Civil Veterinary Department. Madras. Admin. report 1926-33 - 1926-1933
Year: 1926
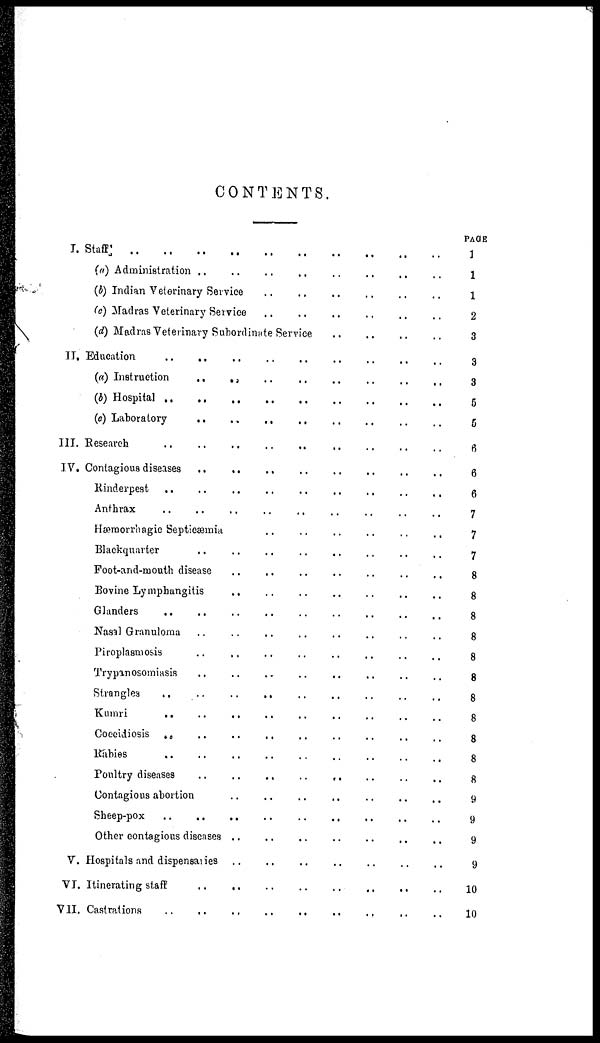
CONTENTS.
I. Staff .. .. .. .. .. .. .. ..
(a) Administration .. .. .. .. .. .. .. ..
(b) Indian Veterinary Service .. .. .. .. .. .. .. ..
(c) Madras Veterinary Service .. .. .. .. .. .. .. ..
(d) Madras Veterinary Subordinate Service .. .. .. .. .. .. .. ..
II. Education .. .. .. .. .. .. .. .. ..
(a) Instruction .. .. .. .. .. .. .. ..
(b) Hospital .. .. .. .. .. .. .. ..
(c) Laboratory .. .. .. .. .. .. .. ..
III. Research .. .. .. .. .. .. .. .. ..
IV. Contagious diseases .. .. .. .. .. .. .. ..
Rinderpest .. .. .. .. .. .. .. .. ..
Anthrax .. .. .. .. .. .. .. .. ..
Hæmorrhagic Septicæmia .. .. .. .. .. .. .. ..
Blackquarter .. .. .. .. .. .. .. ..
Foot-and-mouth disease .. .. .. .. .. .. .. ..
Bovine Lymphangitis .. .. .. .. .. .. .. ..
Glanders .. .. .. .. .. .. .. .. ..
Nasal Granuloma .. .. .. .. .. .. .. ..
Piroplasmosis .. .. .. .. .. .. .. ..
Trypanosomiasis .. .. .. .. .. .. .. ..
Strangles
.. .. .. .. .. .. .. .. ..
Kumari .. .. .. .. .. .. .. .. ..
Coccidiosis .. .. .. .. .. .. .. .. ..
Rabies .. .. .. .. .. .. .. .. ..
Poultry diseases .. .. .. .. .. .. .. ..
Contagious abortion .. .. .. .. .. .. .. ..
Sheep-pox .. .. .. .. .. .. .. ..
Other contagious diseases .. .. .. .. .. .. .. ..
V. Hospitals and dispensaries .. .. .. .. .. .. .. ..
VI. Itinerating staff .. .. .. .. .. .. .. ..
VII. Castrations .. .. .. .. .. .. .. ..
PAGE
1
1
1
2
3
3
3
5
5
6
6
6
7
7
7
8
8
8
8
8
8
8
8
8
8
8
9
9
9
9
10
10